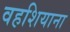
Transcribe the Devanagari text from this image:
वहशियाना